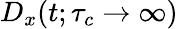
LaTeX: D_{x}(t;\tau_{c}\to\infty)